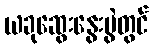
ယခုဆွေးနွေးပွဲတွင်